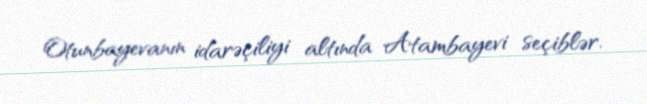
Otunbayevanın idarəçiliyi altında Atambayevi seçiblər.